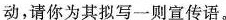
动，请你为其拟写一则宣传语。